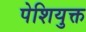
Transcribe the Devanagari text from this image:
पेशियुक्त